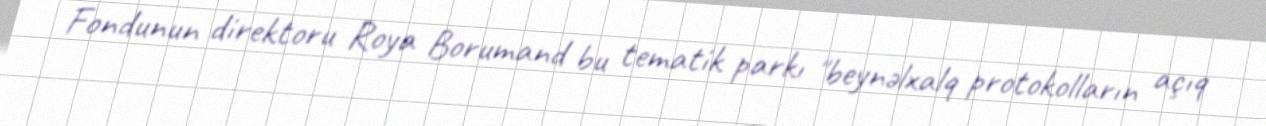
Fondunun direktoru Roya Borumand bu tematik parkı "beynəlxalq protokolların açıq